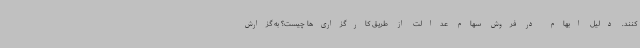
کنند. دلیل ابهام در فروش سهام عدالت از طریق کارگزاری‌ها چیست؟ به گزارش